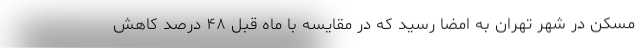
مسکن در شهر تهران به امضا رسید که در مقایسه با ماه قبل ۴۸ درصد کاهش